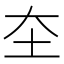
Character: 圶